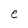
Character: e